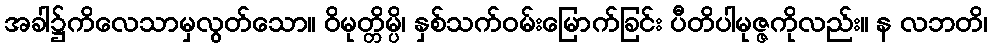
အခါ၌ကိလေသာမှလွတ်သော။ ဝိမုတ္တိမ္ပိ၊ နှစ်သက်ဝမ်းမြောက်ခြင်း ပီတိပါမုဇ္ဇကိုလည်း။ န လဘတိ၊